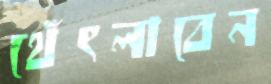
থেঁৎলাবেন